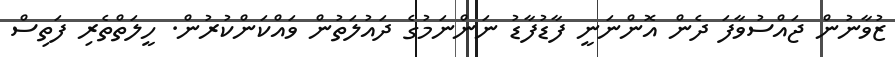
ޒުވާނުން ޖައްސުވާފަ ދެން އޮންނަނީ ފާޑުފާޑު ނަންނަމުގެ ދައުލަތުން ވައްކަންކުރުން. ހީލަތްތެރި ފަތިސް